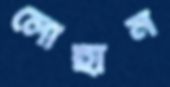
লোহান